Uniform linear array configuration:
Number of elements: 4
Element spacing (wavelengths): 1
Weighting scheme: kaiser
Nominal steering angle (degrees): -30
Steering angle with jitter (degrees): -30.162
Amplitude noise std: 0.05
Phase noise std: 0.05

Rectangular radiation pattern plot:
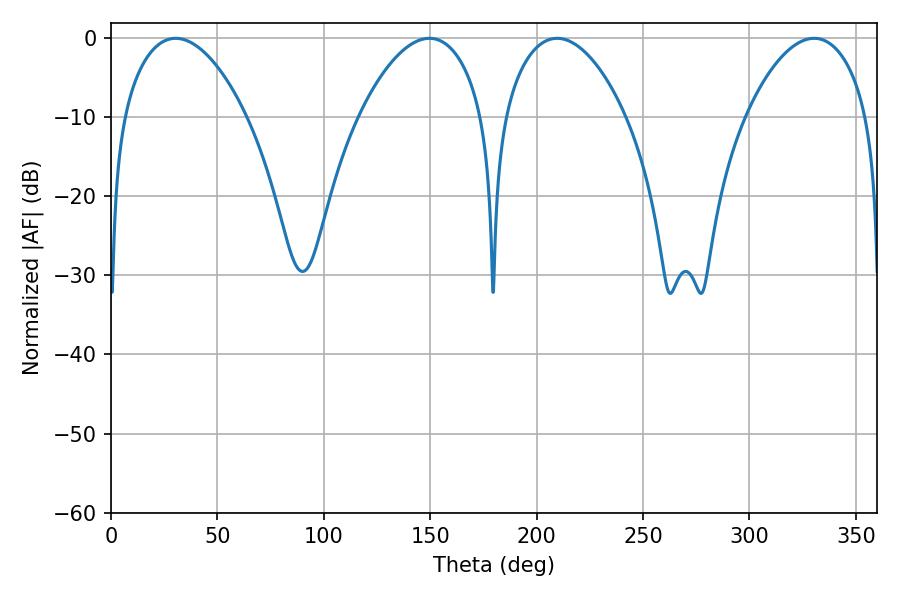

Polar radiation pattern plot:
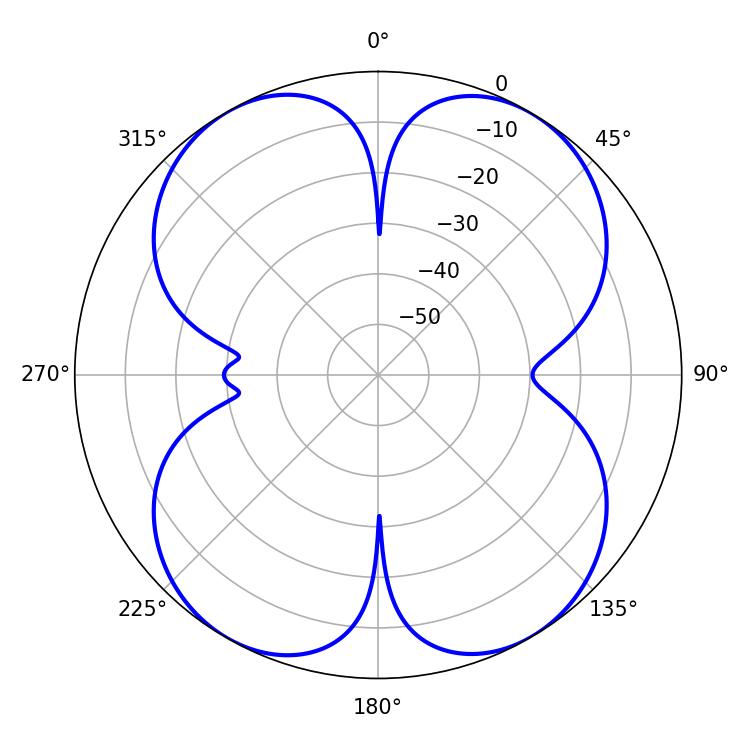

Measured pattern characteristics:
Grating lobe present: TRUE
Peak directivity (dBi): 18.482
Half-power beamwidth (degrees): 32.4
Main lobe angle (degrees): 30.42